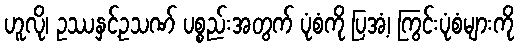
ဟူလို၊ ဥဿနှင့်ဥသဏ် ပစ္စည်းအတွက် ပုံစံကို ပြအံ့၊ ကြွင်းပုံစံများကို